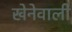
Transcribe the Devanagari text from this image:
खेनेवाली